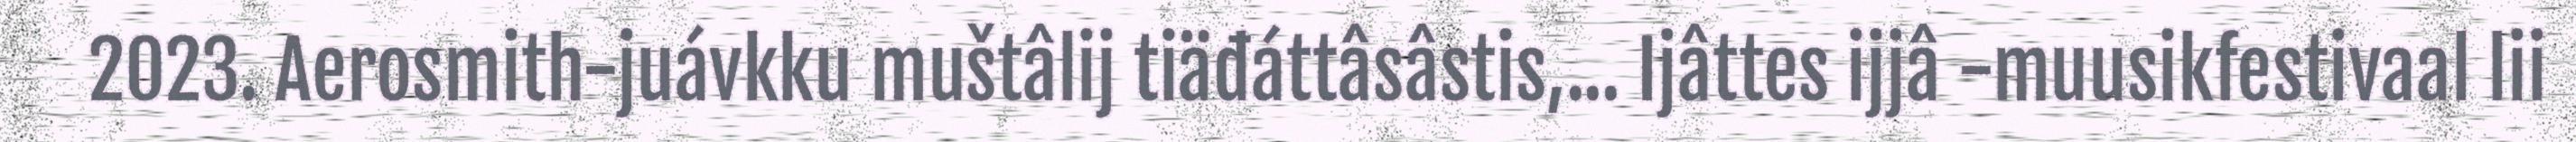
2023. Aerosmith-juávkku muštâlij tiäđáttâsâstis,... Ijâttes ijjâ -muusikfestivaal lii